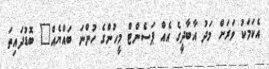
އެކަމަކު ވަރަށް މަދު އާބާދީގެ އެއް ޕަސެންޓް މީހުންގެ ހުންނަ ބައްޔެއް" ބޮޑުދައިތަ